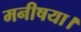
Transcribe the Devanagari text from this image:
मनीषया।